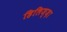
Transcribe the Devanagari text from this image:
हिलिज्ज़ा